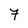
Character: 7